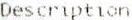
DESCRIPTION